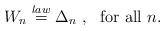
LaTeX: \begin{align*}W_n \stackrel{law}{=} \Delta_n ~,~\mbox{ for all $n$}.\end{align*}